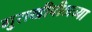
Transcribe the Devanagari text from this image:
गुराखीपीठाच्या